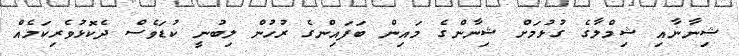
ޝިނާނާއި ޝިމްލާގެ ގުޅުމަށް ޝިނާންގެ މައިން ބަފައިންގެ ރުހުން ލިބުނީ ކުޑަވެސް ދެކޮޅުވެރިކަމެއް